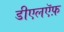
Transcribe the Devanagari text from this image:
डीएलऍफ़